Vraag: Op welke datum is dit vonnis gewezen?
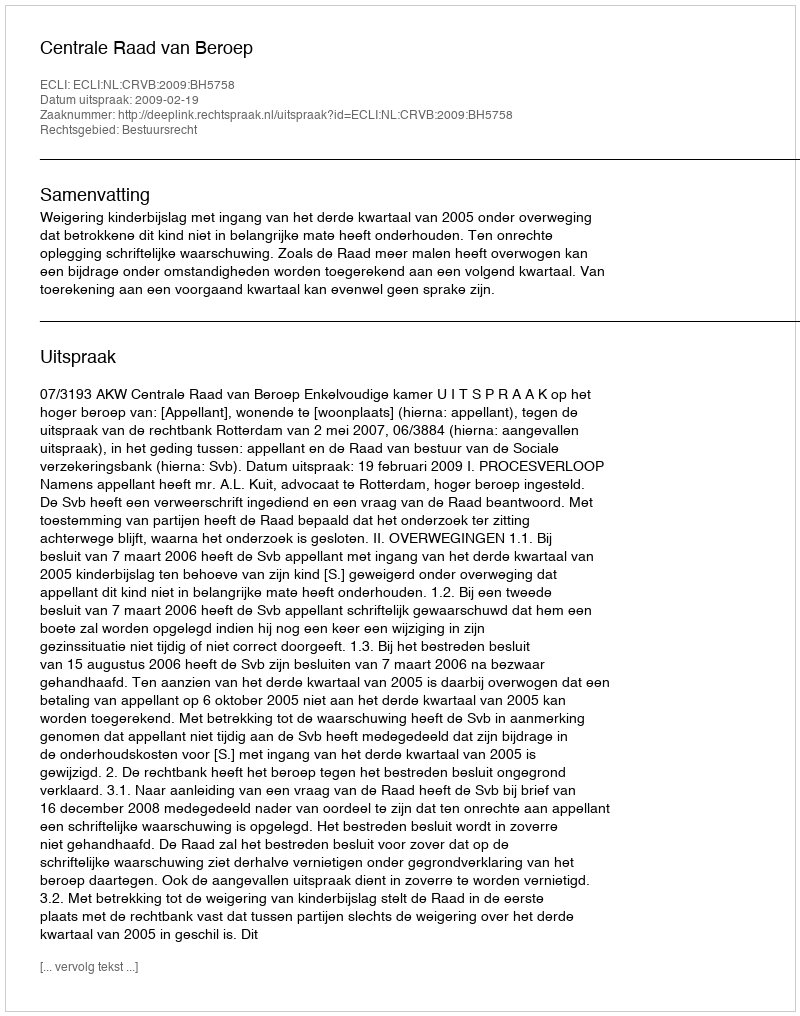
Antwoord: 2009-02-19